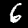
Digit: 6